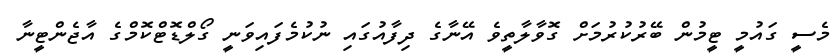
މެސީ ގައުމީ ޓީމުން ބޭރުކުރުމަށް ގޮވާލާތީވެ އޭނާގެ ދިފާއުގައި ނުކުމެފައިވަނީ ގޯލްޑޮޓްކޮމްގެ އާޖެންޓީނާ